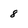
Character: 8